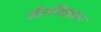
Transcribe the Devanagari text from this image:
जीनविज्ञान